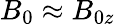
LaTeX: B_{0}\approx B_{0z}